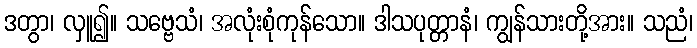
ဒတွာ၊ လှူ၍။ သဗ္ဗေသံ၊ အလုံးစုံကုန်သော။ ဒါသပုတ္တာနံ၊ ကျွန်သားတို့အား။ သညံ၊